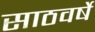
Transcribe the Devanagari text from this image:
साठवर्षे